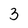
Character: 3